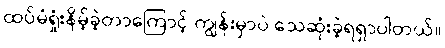
ထပ်မံရှုံးနိမ့်ခဲ့တာကြောင့် ကျွန်းမှာပဲ သေဆုံးခဲ့ရရှာပါတယ်။